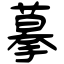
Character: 摹